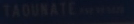
TAQUNATE